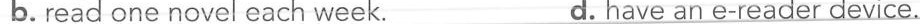
b. read one novel each week. d. have an e-reader device.